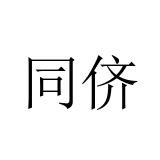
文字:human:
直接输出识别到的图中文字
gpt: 同侪